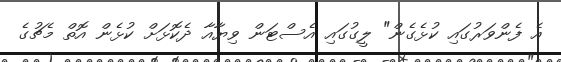
އެ ފެންވަރުގައި ކުޅެގެން" ލީގުގައި އެސްޓަން ވިޔާއާ ދެކޮޅަށް ކުޅެން އޮތް މެޗުގެ